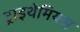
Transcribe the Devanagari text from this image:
ट्राइथेमियस